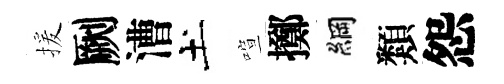
援劂漕土喧擲綱類怨